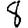
Digit: 8